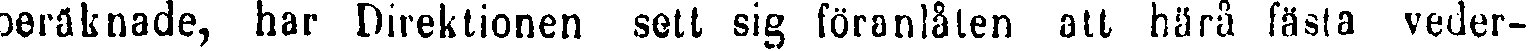
beräknade, har Direktionen sett sig föranlåten att höra fästa veder-